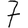
Digit: 7